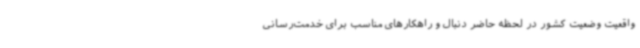
واقعیت وضعیت کشور در لحظه حاضر دنبال و راهکارهای مناسب برای خدمت‌رسانی